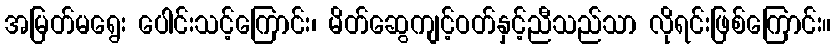
အမြတ်မရွေး ပေါင်းသင့်ကြောင်း၊ မိတ်ဆွေကျင့်ဝတ်နှင့်ညီသည်သာ လိုရင်းဖြစ်ကြောင်း။